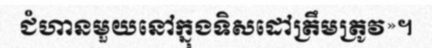
ជំហានមួយនៅក្នុងទិសដៅត្រឹមត្រូវ»។